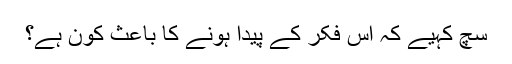
سچ کہیے کہ اس فکر کے پیدا ہونے کا باعث کون ہے؟